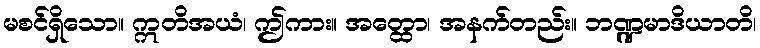
မစင်ရှိသော။ ဣတိအယံ၊ ဤကား။ အတ္ထော၊ အနက်တည်း။ ဘဏ္ဍမာဒိယာတိ၊